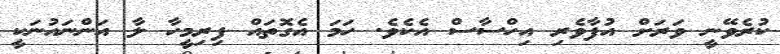
ކުރެވޭނީ ވަރަށް އުފާވެރި އިހްސާސް އެކެވެ. ހަމަ އެގޮތައް ފިރިމީހާ ލާ އަންނައުނަކީ